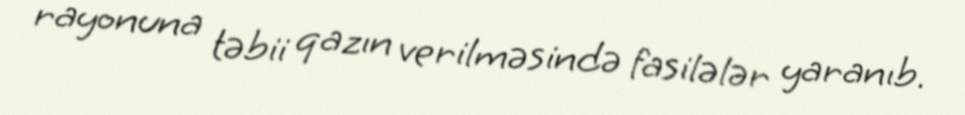
rayonuna təbii qazın verilməsində fasilələr yaranıb.